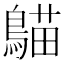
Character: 𪃞